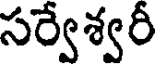
సర్వేశ్వరీ